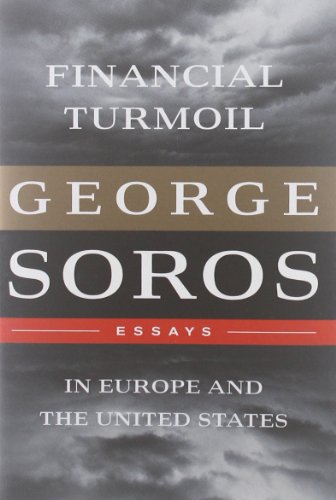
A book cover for Financial Turmoil in Europe and the United States: Essays; George Soros; Business & Money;